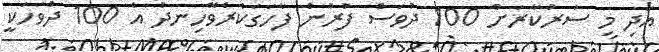
އަދި މި ސަރުކާރަށް 100 ދުވަސް ފުރުން ފާހަގަކުރެވޭހިނދު އެ 100 ދުވަހަކީ